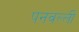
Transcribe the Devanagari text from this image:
पनवल्ली